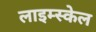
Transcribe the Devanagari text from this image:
लाइम्स्केल